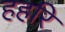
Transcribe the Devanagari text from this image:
हहरि